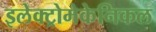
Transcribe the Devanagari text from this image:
इलेक्ट्रोमेकेनिकल